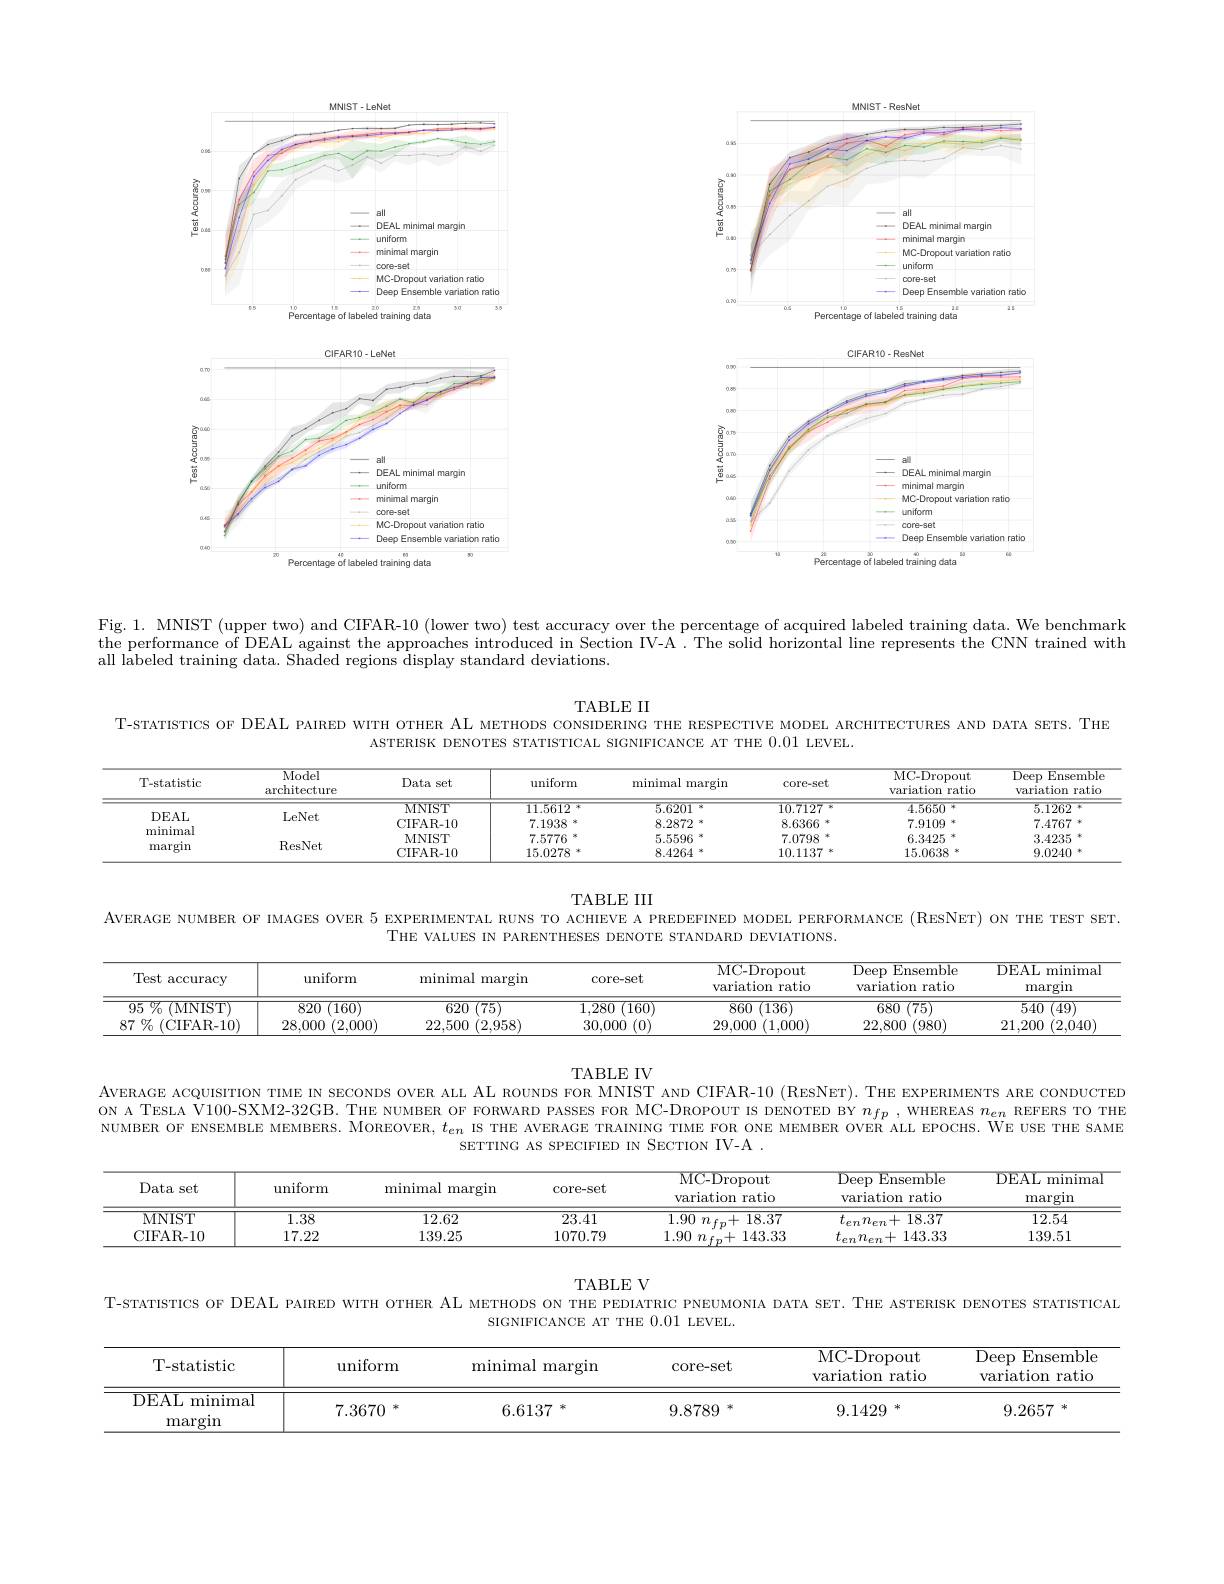
<FigureHere>

<FigureHere>

Fig. 1. MNIST (upper two) and CIFAR-10 (lower two) test accuracy over the percentage of acquired labeled training data. We benchmark the performance of DEAI against the approaches introduced in Section IV-A. The solid horizontal line represents the CNN trained with all labeled training data. Shaded regions display standard deviations.

TABLE II

T-sTATISTICS OF DEAL PAIRED WITH OTHER AL METHODS CONSIDERING THE RESPECTIVE MODEL ARCHITECTURES AND DATA SETS. THE

ASTERISK DENOTES STATISTICAL SIGNIFICANCE AT THE 0.01 LEVEL.

<table>
	<tbody>
		<tr>
			<th>T-statistic</th>
			<th>Model $\operatorname{architecture}$</th>
			<th>Data set</th>
			<th>uniform</th>
			<th>minimal margin</th>
			<th>core- set</th>
			<th>${\mathrm{MC-Dropout}}$ variation ratio</th>
			<th>Deep Ensembl variation ratio</th>
		</tr>
		<tr>
			<td> </td>
			<td rowspan="2">LeNet</td>
			<td>MNIST</td>
			<td>11.5612 海</td>
			<td>5.6201 冰</td>
			<td>10.7127 海</td>
			<td>4.5650 海</td>
			<td>5.1262</td>
		</tr>
		<tr>
			<td rowspan="3">DEAL minimal margin</td>
			<td>CIFAR-10</td>
			<td>7.1938 2</td>
			<td>8.2872 冰</td>
			<td>8.6366</td>
			<td>7.9109</td>
			<td>7.4767 *</td>
		</tr>
		<tr>
			<td rowspan="2">ResNet</td>
			<td>MNIST</td>
			<td>7.5776</td>
			<td>5.5596 1</td>
			<td>7.0798</td>
			<td>6.3425</td>
			<td>3.4235</td>
		</tr>
		<tr>
			<td>CIFAR-10</td>
			<td>15.0278 24</td>
			<td>8.4264 米</td>
			<td>10.1137 1 2</td>
			<td>15.0638</td>
			<td>9.0240</td>
		</tr>
	</tbody>
</table>

TABLE III
AvERAGE NUMBER OF IMAGES OVER 5 EXPERIMENTAL RUNS TO ACHIEVE A PREDEFINED MODEL PERFORMANCE (RESNET) ON THE TEST SET.
THE VALUES IN PARENTHESES DENOTE STANDARD DEVIATIONS.

<table>
	<tbody>
		<tr>
			<th>Test accuracy</th>
			<th>uniform</th>
			<th>$\operatorname*{minimal}$ margin</th>
			<th>core- set</th>
			<th>MC- Dropout variation ratio</th>
			<th>Deep Ensemble 1 variation ratio</th>
			<th>DEAL minima margin</th>
		</tr>
		<tr>
			<td>$95\%$MNIST)</td>
			<td>$820~(160)$</td>
			<td>620 (75)</td>
			<td>$\overline{{\mathrm{T}(160)}}$ 1.280</td>
			<td>860 (136</td>
			<td>680 (75)</td>
			<td>540 (49)</td>
		</tr>
		<tr>
			<td>$87\%($CIFAR-10)</td>
			<td>28,000 (2,000)</td>
			<td>22.500 (2,958)</td>
			<td>30,000 (0)</td>
			<td>29,000 (1,000)</td>
			<td>22,800 (980)</td>
			<td>21,200 (2,040)</td>
		</tr>
	</tbody>
</table>

TABLE IV
AvERAGE ACQUISITION TIME IN SECONDS OVER ALL AL ROUNDS FOR MNIST AND CIFAR-10 (RESNET). THE EXPERIMENTS ARE CONDUCTED ON A TESLA V100-SXM2-32GB. THE NUMBER OF FORWARD PASSES FOR MC-DROPOUT IS DENOTED BY $n_{fp}$, WHEREAS $n_{en}$ REFERS TO THE NUMBER OF ENSEMBLE MEMBERS. MOREOVER, $t_{en}$ IS THE AVERAGE TRAINING TIME FOR ONE MEMBER OVER ALL EPOCHS. WE USE THE SAME
SETTING AS SPECIFIED IN SECTION IV-A.

<table>
	<tbody>
		<tr>
			<th>Data set</th>
			<th>uniform</th>
			<th>$\operatorname*{minimal}$ margin</th>
			<th>core-set</th>
			<th>MC- Dropout variation ratio</th>
			<th>Deep Ensemble variation ratio</th>
			<th>DEAL minimal margin</th>
		</tr>
		<tr>
			<td>MNIST</td>
			<td>1.38</td>
			<td>12.62</td>
			<td>23.41</td>
			<td>1.90 $n_{f_{n}}+$ 18.37</td>
			<td>$t_{en}n_{en}+$ -18.37</td>
			<td>12.54</td>
		</tr>
		<tr>
			<td>CIFAR- 10</td>
			<td>17.22</td>
			<td>139.25</td>
			<td>1070.79</td>
			<td>1.90 $n_{fn}+$ 143.33</td>
			<td>$t_{en}n_{en}+143.33$</td>
			<td>139.51</td>
		</tr>
	</tbody>
</table>

TABLE V
T-srıArısтıcs oF DEAL PAIRED WITH OTHER AL  METHODS ON THE PEDIATRIC PNEUMONIA DATA SET. THE ASTERISK DENOTES STATISTICAL
SIGNIFICANCE AT THE 0.01 LEVEL.

<table>
	<tbody>
		<tr>
			<th>T- statistic</th>
			<th>uniform</th>
			<th>minimal margin</th>
			<th>core- set</th>
			<th>MC- Dropout variation ratio</th>
			<th>Deep Ensemble variation ratio</th>
		</tr>
		<tr>
			<td>DEAL minimal margin</td>
			<td>7.3670</td>
			<td>6.6137 冰</td>
			<td>9.8789 冰</td>
			<td>9.1429 冰</td>
			<td>9.2657 冰</td>
		</tr>
	</tbody>
</table>